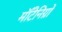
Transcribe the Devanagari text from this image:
मॉँटेनिग्रो